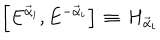
\left[ E ^ { { \vec { \alpha } } _ { i } } , E ^ { - { \vec { \alpha } } _ { i } } \right] \, \equiv \, H _ { \vec { \alpha } _ { i } }